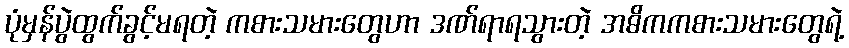
ပုံမှန်ပွဲထွက်ခွင့်မရတဲ့ ကစားသမားတွေဟာ ဒဏ်ရာရသွားတဲ့ အဓိကကစားသမားတွေရဲ့